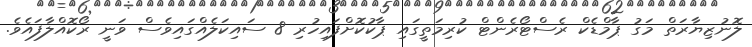
ލޮނުޒިޔާރަތް މަގު ޕާމްޑެކް ރެސްޓޯރެންޓް ކުރިމަތީގައި ޕާކުކޮށްފައިހުރި 8 ސައިކަލެއްގައިވެސް ވަނީ ރޯކޮއްލާފައެވެ.